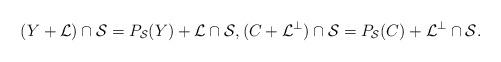
LaTeX: \begin{align*}(Y+\mathcal{L}) \cap \mathcal{S} =P_\mathcal{S}(Y) + \mathcal{L} \cap \mathcal{S}, (C + \mathcal{L}^{\perp}) \cap \mathcal{S} = P_\mathcal{S}(C) + \mathcal{L}^{\perp} \cap \mathcal{S}.\end{align*}